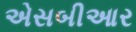
એસબીઆર